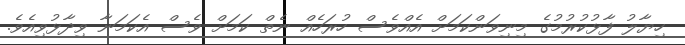
ހިޔާލު ފާޅުކުރުމުގެ މިނިވަންކަމަށް އެއްވެސް ހުރަހެއް ނެތް ކަމަށް ވެސް އެކަމަނާ ވިދާޅުވިއެވެ.